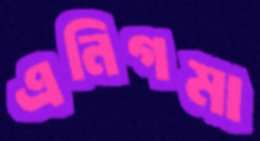
এনিগমা